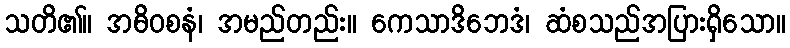
သတိ၏။ အဓိဝစနံ၊ အမည်တည်း။ ကေသာဒိဘေဒံ၊ ဆံစသည်အပြားရှိသော။